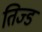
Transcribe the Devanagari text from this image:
तिज्ड